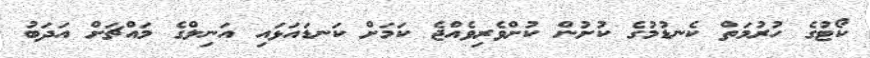
ކޯޓުގެ ހުރުމަތް ކެނޑުމުގެ ކުށުން ކުށްވެރިވެއްޖެ ކަމަށް ކަނޑައަޅައި އަނިލްގެ މައްޗަށް އަދަބު